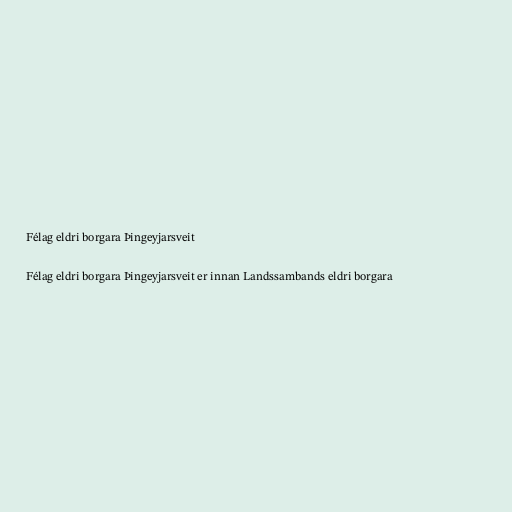
Félag eldri borgara Þingeyjarsveit

Félag eldri borgara Þingeyjarsveit er innan Landssambands eldri borgara